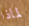
لماذا